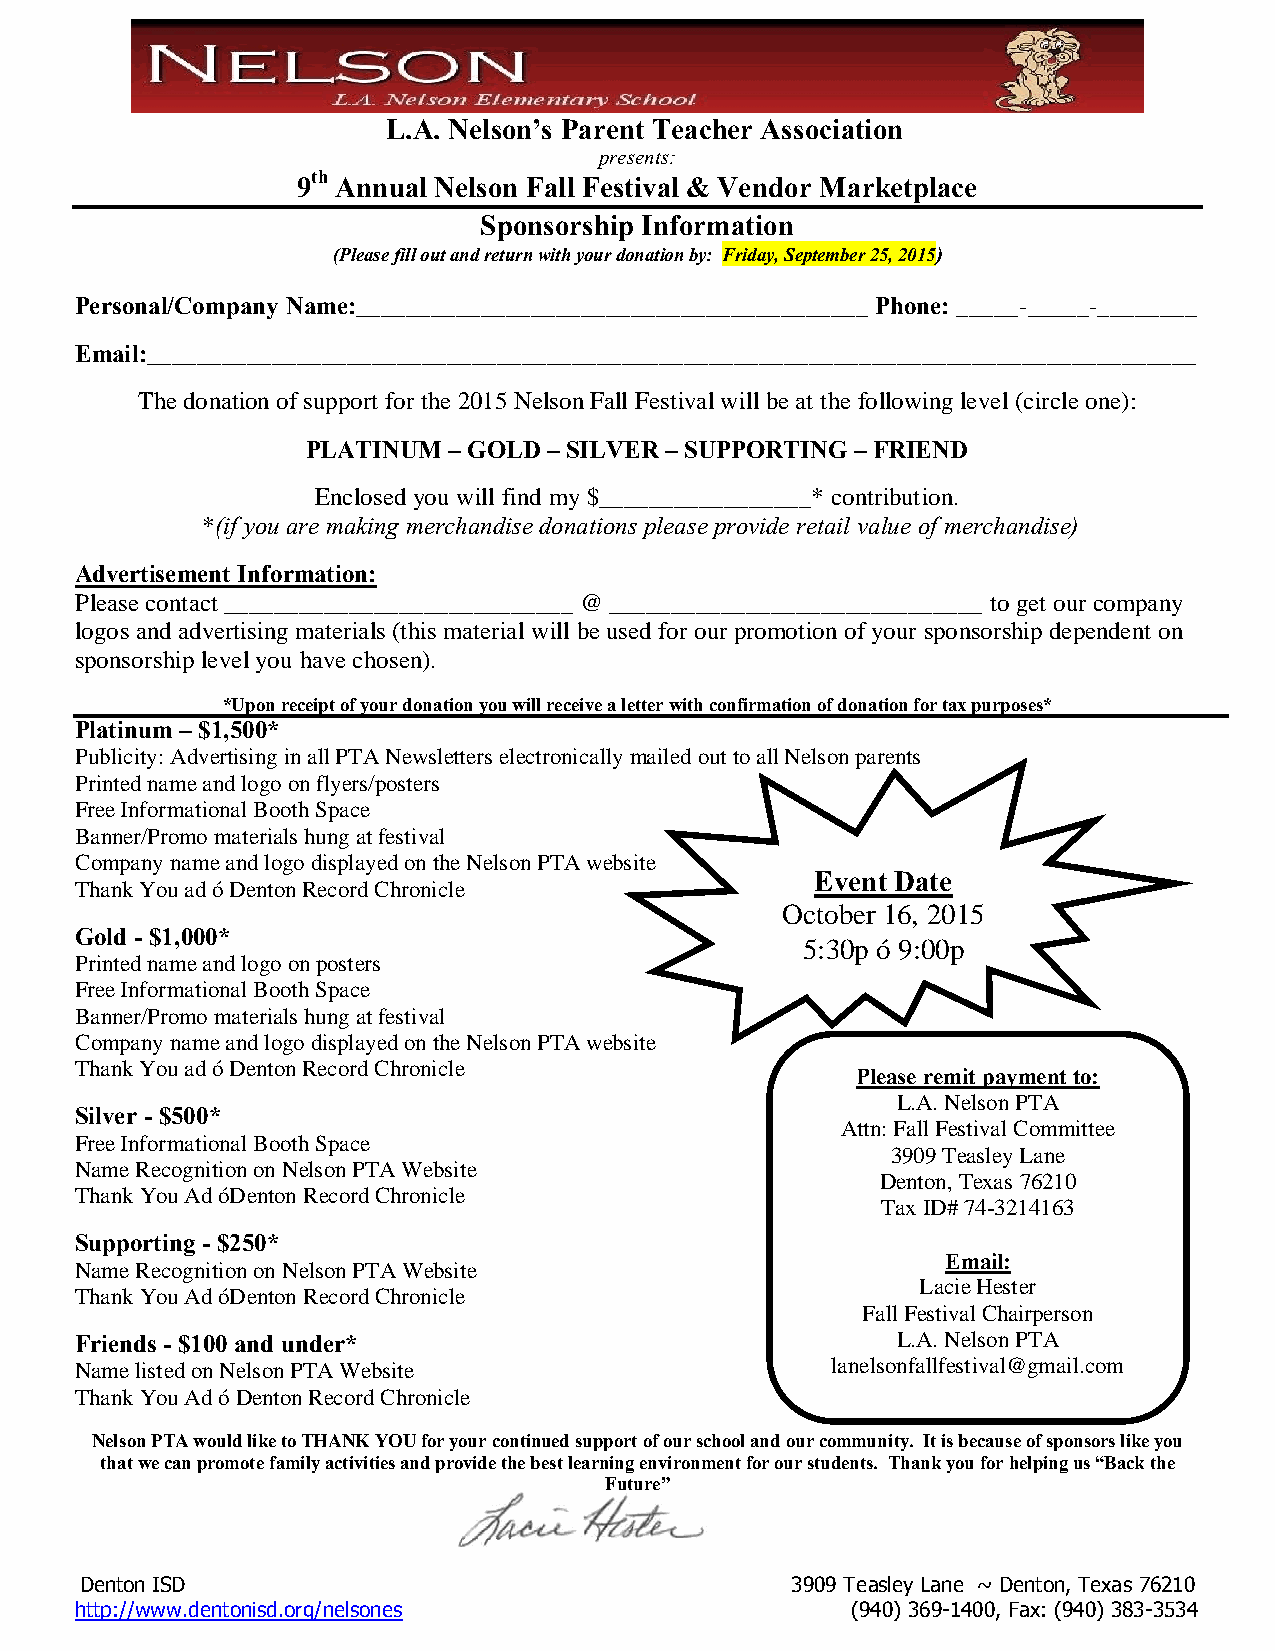
L.A. Nelson’s Parent Teacher Association
 presents:
 9th Annual Nelson Fall Festival & Vendor Marketplace
 Sponsorship Information
 (Please fill out and return with your donation by: Friday, September 25, 2015)
 Personal/Company Name:_________________________________________ Phone: _____-_____-________
 Email:____________________________________________________________________________________
 The donation of support for the 2015 Nelson Fall Festival will be at the following level (circle one):
 PLATINUM  – GOLD – SILVER – SUPPORTING – FRIEND
 Enclosed you will find my $_________________* contribution.
 *(if you are making merchandise donations please provide retail value of merchandise)
 Advertisement Information:
 Please contact ____________________________ @ ______________________________ to get our company
 logos and advertising materials (this material will be used for our promotion of your sponsorship dependent on
 sponsorship level you have chosen).
 *Upon receipt of your donation you will receive a letter with confirmation of donation for tax purposes*
 Platinum – $1,500*
 Publicity: Advertising in all PTA Newsletters electronically mailed out to all Nelson parents
 Printed name and logo on flyers/posters
 Free Informational Booth Space
 Banner/Promo materials hung at festival
 Company name and logo displayed on the Nelson PTA website
 Event Date
 Thank You ad – Denton Record Chronicle
 October 16, 2015
 Gold - $1,000*
 5:30p – 9:00p
 Printed name and logo on posters
 Free Informational Booth Space
 Banner/Promo materials hung at festival
 Company name and logo displayed on the Nelson PTA website
 Thank You ad – Denton Record Chronicle
 Please remit payment to:
 L.A. Nelson PTA
 Silver - $500*
 Attn: Fall Festival Committee
 Free Informational Booth Space
 3909 Teasley Lane
 Name Recognition on Nelson PTA Website
 Denton, Texas 76210
 Thank You Ad –Denton Record Chronicle
 Tax ID# 74-3214163
 Supporting - $250*
 Email:
 Name Recognition on Nelson PTA Website
 Lacie Hester
 Thank You Ad –Denton Record Chronicle
 Fall Festival Chairperson
 Friends - $100 and under*                             L.A. Nelson PTA
 Name listed on Nelson PTA Website                 lanelsonfallfestival@gmail.com
 Thank You Ad – Denton Record Chronicle
 Nelson PTA would like to THANK YOU for your continued support of our school and our community. It is because of sponsors like you
 that we can promote family activities and provide the best learning environment for our students. Thank you for helping us “Back the
 Future”
 Denton ISD                                     3909 Teasley Lane ~ Denton, Texas 76210
 http://www.dentonisd.org/nelsones                  (940) 369-1400, Fax: (940) 383-3534